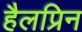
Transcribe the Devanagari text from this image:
हैलप्रिन